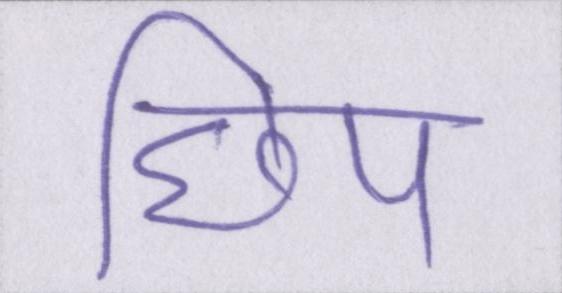
छिप